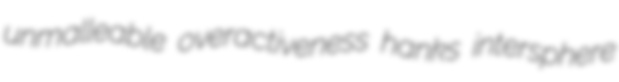
unmalleable overactiveness hanks intersphere